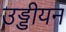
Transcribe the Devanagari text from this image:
उड्डीयन